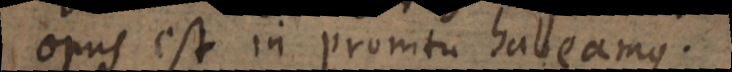
opus est in promtu habeamus.